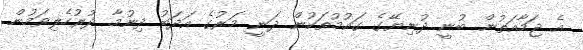
އެ ޖަމާއަތުން ބުނީ ދުނިޔޭގެ ގައުމުތަކުން ދަނީ މަރުގެ އަދަބު ދިނުމާ ދުރުހެލިވަމުން